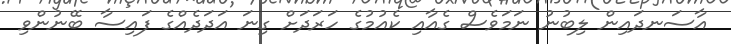
އާސަނދައިން ލިބުނު ނަމަވެސް ގެއާއި ކެއުމުގެ ހަރަދަށް ގިނަ އަދަދެއްގެ ފައިސާ ބޭނުންވި